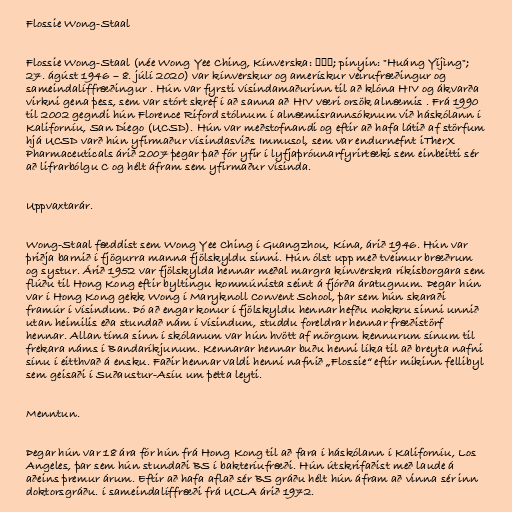
Flossie Wong-Staal

Flossie Wong-Staal (née Wong Yee Ching, Kínverska: 黄以静; pinyin: "Huáng Yǐjìng";
27. ágúst 1946 – 8. júlí 2020) var kínverskur og amerískur veirufræðingur og
sameindalíffræðingur . Hún var fyrsti vísindamaðurinn til að klóna HIV og ákvarða
virkni gena þess, sem var stórt skref í að sanna að HIV væri orsök alnæmis . Frá 1990
til 2002 gegndi hún Florence Riford stólnum í alnæmisrannsóknum við háskólann í
Kaliforníu, San Diego (UCSD). Hún var meðstofnandi og eftir að hafa látið af störfum
hjá UCSD varð hún yfirmaður vísindasviðs Immusol, sem var endurnefnt iTherX
Pharmaceuticals árið 2007 þegar það fór yfir í lyfjaþróunarfyrirtæki sem einbeitti sér
að lifrarbólgu C og hélt áfram sem yfirmaður vísinda.

Uppvaxtarár.

Wong-Staal fæddist sem Wong Yee Ching í Guangzhou, Kína, árið 1946. Hún var
þriðja barnið í fjögurra manna fjölskyldu sinni. Hún ólst upp með tveimur bræðrum
og systur. Árið 1952 var fjölskylda hennar meðal margra kínverskra ríkisborgara sem
flúðu til Hong Kong eftir byltingu kommúnista seint á fjórða áratugnum. Þegar hún
var í Hong Kong gekk Wong í Maryknoll Convent School, þar sem hún skaraði
framúr í vísindum. Þó að engar konur í fjölskyldu hennar hefðu nokkru sinni unnið
utan heimilis eða stundað nám í vísindum, studdu foreldrar hennar fræðistörf
hennar. Allan tíma sinn í skólanum var hún hvött af mörgum kennurum sínum til
frekara náms í Bandaríkjunum. Kennarar hennar buðu henni líka til að breyta nafni
sínu í eitthvað á ensku. Faðir hennar valdi henni nafnið „Flossie“ eftir mikinn fellibyl
sem geisaði í Suðaustur-Asíu um þetta leyti.

Menntun.

Þegar hún var 18 ára fór hún frá Hong Kong til að fara í háskólann í Kaliforníu, Los
Angeles, þar sem hún stundaði BS í bakteríufræði. Hún útskrifaðist með laude á
aðeins þremur árum. Eftir að hafa aflað sér BS gráðu hélt hún áfram að vinna sér inn
doktorsgráðu. í sameindalíffræði frá UCLA árið 1972.